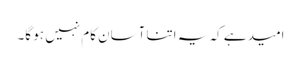
امید ہے کہ یہ اتنا آسان کام نہیں ہو گا۔